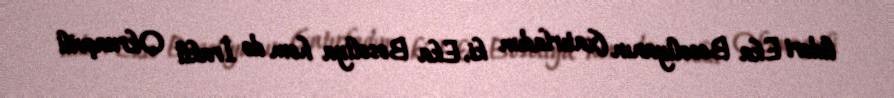
lideri Eka Beseliyanın (xatırladım ki, Eka Beseliya həm də İrakli Okruaşvili